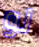
لو